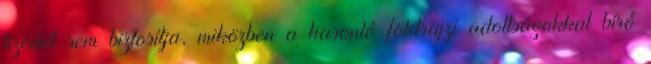
tizedét sem biztosítja, miközben a hasonló földrajzi adottságokkal bíró